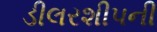
ડીલરશીપની